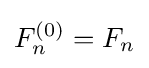
F_{n}^{(0)}=F_{n}